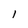
Character: l